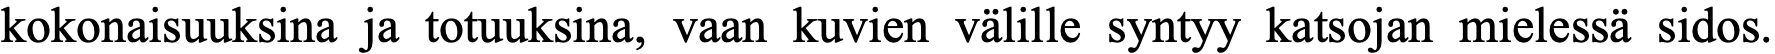
kokonaisuuksina ja totuuksina, vaan kuvien välille syntyy katsojan mielessä sidos.